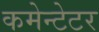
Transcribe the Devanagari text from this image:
कमेन्टेटर